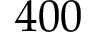
4 0 0